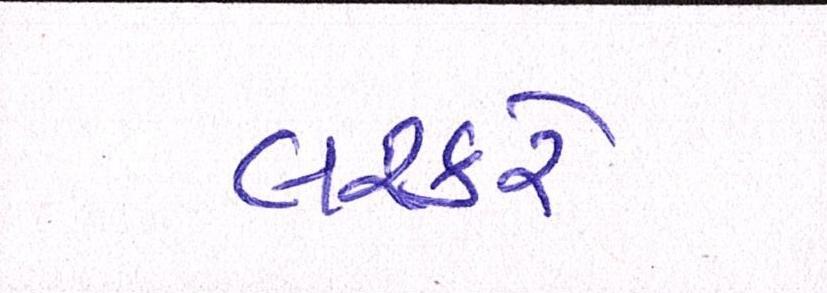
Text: લશ્કરે